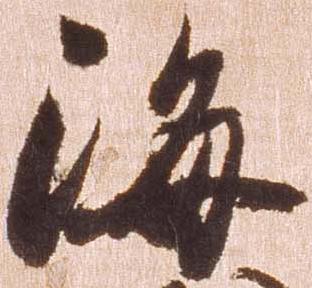
海